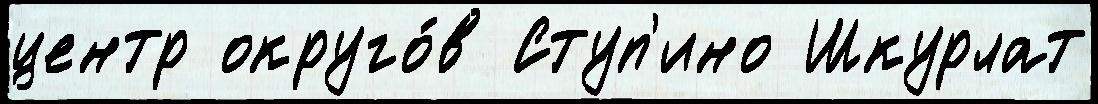
центр округо́в Ступ'ино Шкурлат